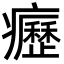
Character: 癧